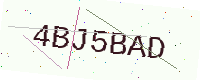
Text: 4BJ5BAD